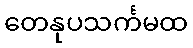
တေနုပသင်္ကမထ